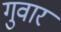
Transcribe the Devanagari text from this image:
गुवार